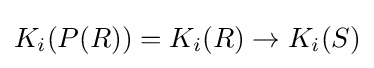
K_{i}(P(R))=K_{i}(R)\to K_{i}(S)